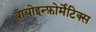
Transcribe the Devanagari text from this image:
बायोइन्फ़ोर्मेटिक्स